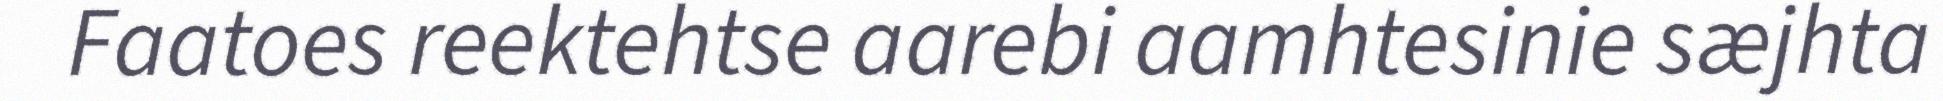
Faatoes reektehtse aarebi aamhtesinie sæjhta